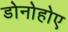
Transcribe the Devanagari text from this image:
डोनोहोए